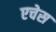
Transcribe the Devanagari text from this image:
एचेस